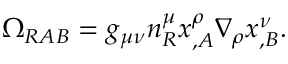
\Omega _ { R A B } = g _ { \mu \nu } n _ { R } ^ { \mu } x _ { , A } ^ { \rho } \nabla _ { \rho } x _ { , B } ^ { \nu } .